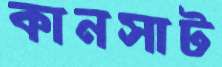
কানসাট